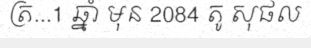
ត្រ...1 ឆ្នាំ មុន 2084 តូ សុផល